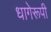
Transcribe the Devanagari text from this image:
धागेरूपी